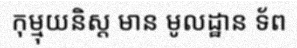
កុម្មុយនិស្ត មាន មូលដ្ឋាន ទ័ព